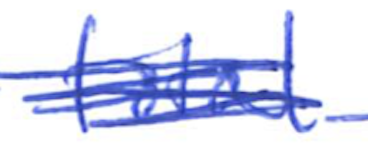
Text: total
Cross-out: scratch
Writing tool: ballpoint